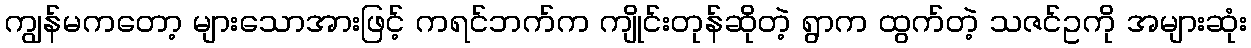
ကျွန်မကတော့ များသောအားဖြင့် ကရင်ဘက်က ကျိုင်းတုန်ဆိုတဲ့ ရွာက ထွက်တဲ့ သဇင်ဥကို အများဆုံး